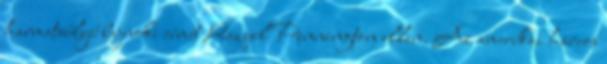
harmatsúlyú bajnoki címét Raquel Pennington ellen. Az amerikai harcos